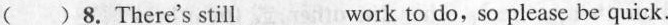
( ) 8.There's still___work to do, so please be quick.